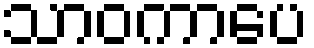
သာဝကာပေ